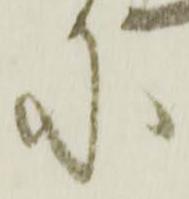
に